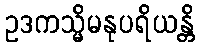
ဥဒကသ္မိမနုပရိယန္တိ